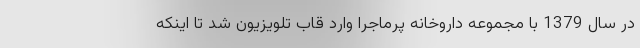
در سال 1379 با مجموعه داروخانه پرماجرا وارد قاب تلویزیون شد تا اینکه